Vaccination in Burma 1889-1999 - 1889-1999
Year: 1889
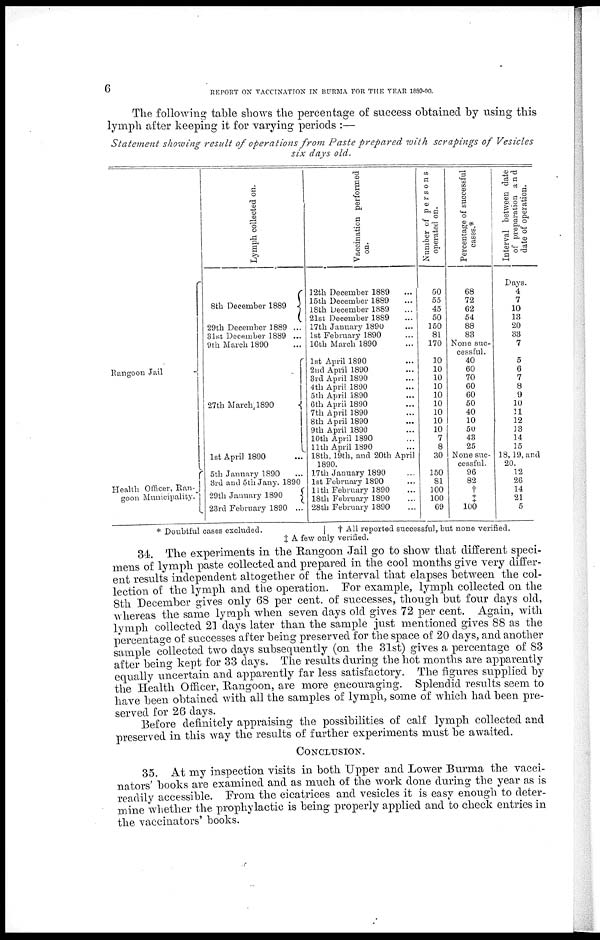
6
REPORT ON VACCINATION IN BURMA FOR THE YEAR 1889-90.
The following table shows the percentage of success obtained by using this
lymph after keeping it for varying periods :—
Statement showing result of operations from Paste prepared with scrapings of Vesicles
six days old.
Rangoon Jail
Health Officer, Ran-
goon Municipality.
Lymph collected on.
8th December 1889
29th December 1889 ...
31st December 1889 ...
9th March 1890 ...
27th March, 1890
1st April 1890 ...
5th January 1890 ...
3rd and 5th Jany. 1890
29th January 1890
23rd February 1890 ...
Vaccination performed
on.
12th December 1889 ...
15th December 1889 ...
18th December 1889 ...
21st December 1889 ...
17th January 1890 ...
1st February 1890 ...
16th March 1890 ...
1st April 1890 ...
2nd April 1890 ...
3rd April 1890 ...
4th April 1890 ...
5th April 1890 ...
6th April 1890 ...
7th April 1890 ...
8th April 1890 ...
9th April 1890 ...
10th April 1890 ...
11th April 1890 ...
18th, 19th, and 20th April
1890.
17th January 1890 ...
1st February 1890 ...
11th February 1890 ...
18th February 1890 ...
28th February 1890 ...
Number of persons
operated on.
50
55
45
50
150
81
170
10
10
10
10
10
10
10
10
10
7
8
30
150
81
100
100
69
Percentage of successful
cases.*
68
72
62
54
88
83
None suc-
cessful.
40
60
70
60
60
50
40
10
50
43
25
None suc-
cessful.
96
82
†
‡
100
Interval between date
of preparation and
date of operation.
Days.
4
7
10
13
20
33
7
5
6
7
8
9
10
11
12
13
14
15
18, 19, and
20.
12
26
14
21
5
* Doubtful cases excluded.
† All reported successful, but none verified.
‡ A few only verified.
34. The experiments in the Rangoon Jail go to show that different speci-
mens of lymph paste collected and prepared in the cool months give very differ-
ent results independent altogether of the interval that elapses between the col-
lection of the lymph and the operation. For example, lymph collected on the
8th December gives only 68 per cent. of successes, though but four days old,
whereas the same lymph when seven days old gives 72 per cent. Again, with
lymph collected 21 days later than the sample just mentioned gives 88 as the
percentage of successes after being preserved for the space of 20 days, and another
sample collected two days subsequently (on the 31st) gives a percentage of 83
after being kept for 33 days. The results during the hot months are apparently
equally uncertain and apparently far less satisfactory. The figures supplied by
the Health Officer, Rangoon, are more encouraging. Splendid results seem to
have been obtained with all the samples of lymph, some of which had been pre-
served for 26 days.
Before definitely appraising the possibilities of calf lymph collected and
preserved in this way the results of further experiments must be awaited.
CONCLUSION.
35. At my inspection visits in both Upper and Lower Burma the vacci-
nators' books are examined and as much of the work done during the year as is
readily accessible. From the cicatrices and vesicles it is easy enough to deter-
mine whether the prophylactic is being properly applied and to check entries in
the vaccinators' books.